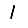
Digit: 1